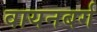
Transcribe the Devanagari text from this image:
वायनबर्ग